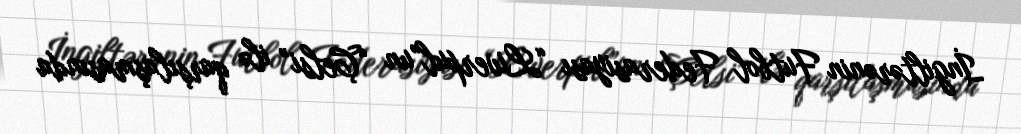
İngiltərənin Futbol Federasiyası “Liverpul”un “Çelsi” ilə qarşılaşmasında